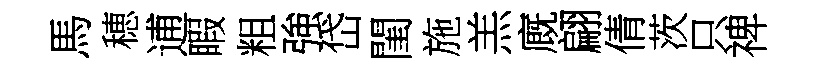
馬穂逋睱粗強岱閨施羔廐翩倩茨只禆